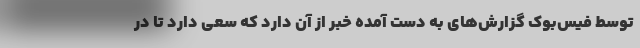
توسط فیس‌بوک گزارش‌های به دست آمده خبر از آن دارد که سعی دارد تا در